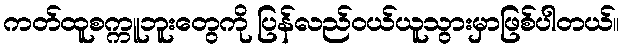
ကတ်ထူစက္ကူဘူးတွေကို ပြန်လည်ဝယ်ယူသွားမှာဖြစ်ပါတယ်။